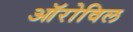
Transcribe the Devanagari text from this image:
ऑरोविल